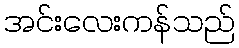
အင်းလေးကန်သည်